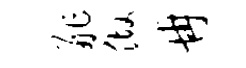
舴做冉